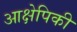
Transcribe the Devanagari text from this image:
आक्षेपिकी